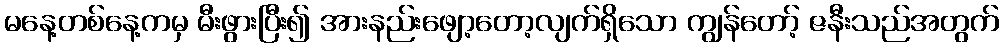
မနေ့တစ်နေ့ကမှ မီးဖွားပြီး၍ အားနည်းဖျော့တော့လျက်ရှိသော ကျွန်တော့် ဇနီးသည်အတွက်